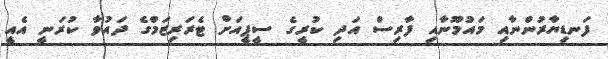
ފަނޑިޔާރުންނާއި މައުމޫނާއި ފާރިސް އަދި ކުރީގެ ސީޕީއަށް ޓެރަރިޒަމްގެ ދައުވާ ކުރަނީ އެއީ